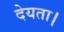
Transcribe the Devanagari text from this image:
देयता।